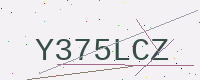
Text: Y375LCZ